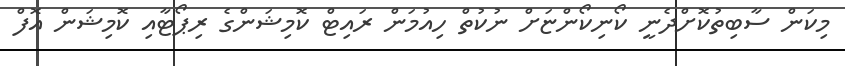
މިކަން ސާބިތުކޮށްދެނީ ކޯނިކޯންޏަށް ނުކުތް ހިއުމަން ރައިޓް ކޮމިޝަންގެ ރިޕޯޓާއި ކޮމިޝަން އޮފް